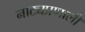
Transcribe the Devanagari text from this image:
नाट्यप्रणाली